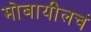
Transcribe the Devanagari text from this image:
मोबायीलचं